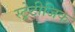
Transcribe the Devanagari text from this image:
स्ट्रेटीजिक